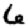
Digit: 6